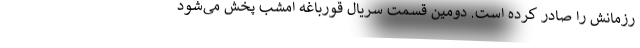
رزمانش را صادر کرده است. دومین قسمت سریال قورباغه امشب پخش می‌شود